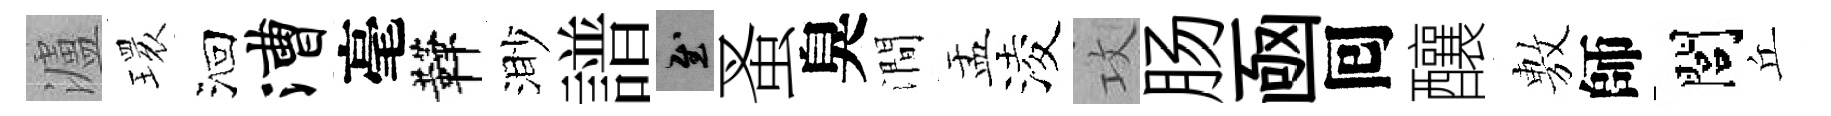
瀘𤨔洄漕毫鞾渺譜慰蚤臭澗盂淩攻肠凾囘釀𢾾師閭丘